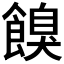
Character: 𩝠